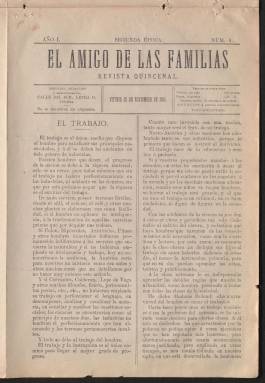
Título: El Amigo de las familias
Colección: Periódicos
Ámbito geográfico: Álava
Lugar de publicación: Vitoria
Fechas: 25/11/1885-25/11/1885